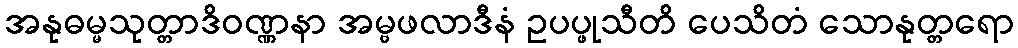
အနုဓမ္မသုတ္တာဒိဝဏ္ဏနာ အမ္ဗဖလာဒီနံ ဥပပ္ဖုသီတိ ပေသိတံ သောနုတ္တရော